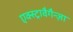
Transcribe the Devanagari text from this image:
एक्स्ट्रावैगैन्ज़ा